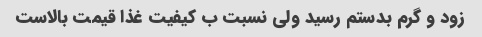
زود و گرم بدستم رسید ولی نسبت ب کیفیت غذا قیمت بالاست